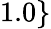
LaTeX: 1.0\}